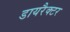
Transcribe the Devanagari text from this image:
डायरैक्टर